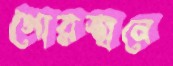
গোরস্থানে